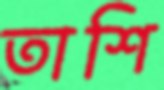
তাশি